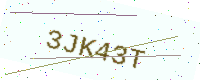
Text: 3JK43T